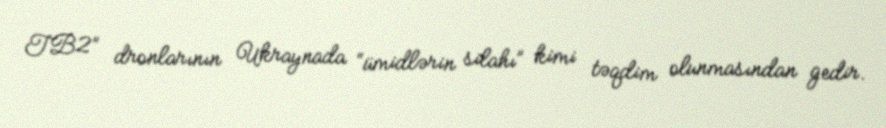
TB2” dronlarının Ukraynada “ümidlərin silahı” kimi təqdim olunmasından gedir.